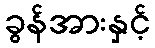
ခွန်အားနှင့်